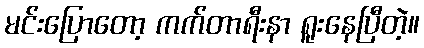
မင်းပြောတော့ ကက်တာရီးနာ ရူးနေပြီတဲ့။